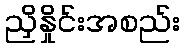
ညှိနှိုင်းအစည်း